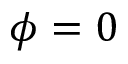
\phi = 0